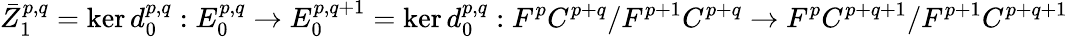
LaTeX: {\bar{Z}}_{1}^{p,q}=\ker d_{0}^{p,q}:E_{0}^{p,q}\rightarrow E_{0}^{p,q+1}=\ker d_{0}^{p,q}:F^{p}C^{p+q}/F^{p+1}C^{p+q}\rightarrow F^{p}C^{p+q+1}/F^{p+1}C^{p+q+1}